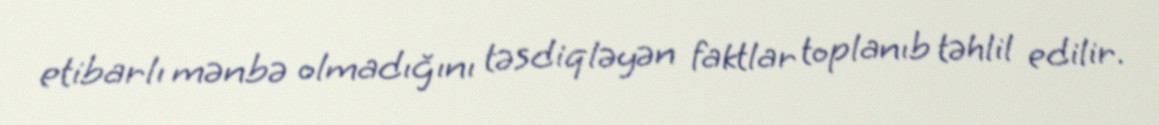
etibarlı mənbə olmadığını təsdiqləyən faktlar toplanıb təhlil edilir.